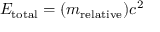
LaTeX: E _ { \mathrm { t o t a l } } = ( m _ { \mathrm { r e l a t i v e } } ) c ^ { 2 }